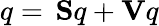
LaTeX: q=\, \mathbf{S}q+\mathbf{V}q